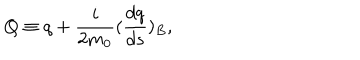
Q \equiv q + \frac { i } { 2 m _ { 0 } } ( \frac { d q } { d s } ) _ { B } ,